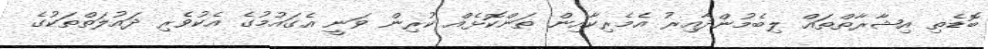
ބޮޑެތި އިޝާރާތްތައް ލިބެމުންދާއިރު އެމެރިކާއިން ތަންކޮޅެއް ކުރިން ވަނީ އެގައުމުގެ އެކުވެރި ދައުލަތްތަކުގެ